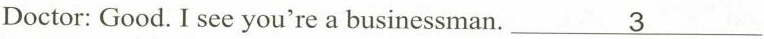
Doctor: Good. I see you're a businessman\underline{3}